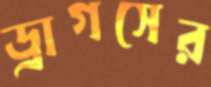
ড্রাগসের